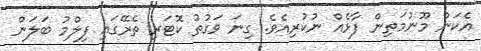
އެކަން މޫނުމަތިން ފާޅެއް ނުކުރިއެވެ. ގިނަ ވަގުތު ކޮޓަރި ތެރޭގައި ފިލްމު ބަލަން